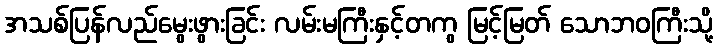
အသစ်ပြန်လည်မွေးဖွားခြင်း လမ်းမကြီးနှင့်တကွ မြင့်မြတ် သောဘဝကြီးသို့